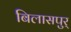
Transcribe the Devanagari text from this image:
बिलासपुर्